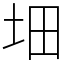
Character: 𡊰